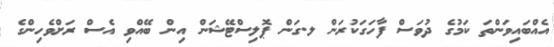
އެއްބައިވަންތަ ކަމުގެ ދުވަސް ފާހަގަކުރަން ލ.ގަން ޕޮލިސްޓޭޝަން އިން ބޭއްވި އެސް ރަށްވެހިންގެ